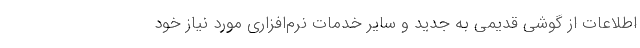
اطلاعات از گوشی قدیمی به جدید و سایر خدمات نرم‌افزاری مورد نیاز خود